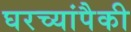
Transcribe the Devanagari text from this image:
घरच्यांपैकी